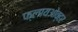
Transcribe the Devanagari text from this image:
फ्लायओव्हर